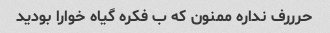
حرررف نداره ممنون که ب فکره گیاه خوارا بودید